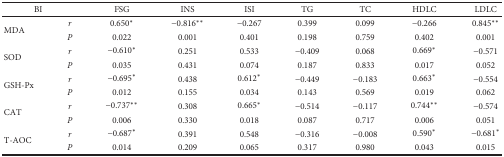
| <COLSPAN=2> BI | FSG | INS | ISI | TG | TC | HDLC | LDLC |
 | --- | --- | --- | --- | --- | --- | --- | --- | --- |
 | <ROWSPAN=2> MDA | r | 0.650∗ | −0.816∗∗ | −0.267 | 0.399 | 0.099 | −0.266 | 0.845∗∗ |
 | P | 0.022 | 0.001 | 0.401 | 0.198 | 0.759 | 0.402 | 0.001 |
 | <ROWSPAN=2> SOD | r | −0.610∗ | 0.251 | 0.533 | −0.409 | 0.068 | 0.669∗ | −0.571 |
 | P | 0.035 | 0.431 | 0.074 | 0.187 | 0.833 | 0.017 | 0.052 |
 | <ROWSPAN=2> GSH-Px | r | −0.695∗ | 0.438 | 0.612∗ | −0.449 | −0.183 | 0.663∗ | −0.554 |
 | P | 0.012 | 0.155 | 0.034 | 0.143 | 0.569 | 0.019 | 0.062 |
 | <ROWSPAN=2> CAT | r | −0.737∗∗ | 0.308 | 0.665∗ | −0.514 | −0.117 | 0.744∗∗ | −0.574 |
 | P | 0.006 | 0.330 | 0.018 | 0.087 | 0.717 | 0.006 | 0.051 |
 | <ROWSPAN=2> T-AOC | r | −0.687∗ | 0.391 | 0.548 | −0.316 | −0.008 | 0.590∗ | −0.681∗ |
 | P | 0.014 | 0.209 | 0.065 | 0.317 | 0.980 | 0.043 | 0.015 |